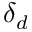
\delta _ { d }